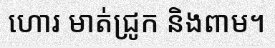
ហោរ មាត់ជ្រូក និងពាម។